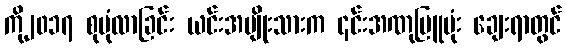
ကို၂၀၁၇ စုပုံလာခြင်း ယင်းအမျိုးသားက ၎င်းအဏုမြူဗုံး ချေးရာတွင်